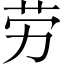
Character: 劳